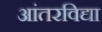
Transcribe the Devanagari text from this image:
आंतरविद्या